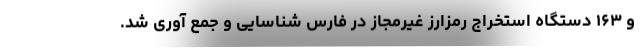
و ۱۶۳ دستگاه استخراج رمزارز غیرمجاز در فارس شناسایی و جمع آوری شد.